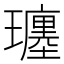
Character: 𤪮